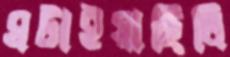
ঘটাইয়াছিলি